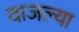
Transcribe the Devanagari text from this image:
वाजल्या